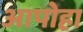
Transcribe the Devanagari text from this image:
आपोहा